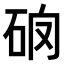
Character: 𥑩